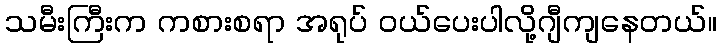
သမီးကြီးက ကစားစရာ အရုပ် ဝယ်ပေးပါလို့ဂျီကျနေတယ်။